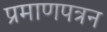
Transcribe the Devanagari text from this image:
प्रमाणपत्रन